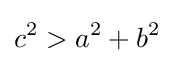
c^{2}>a^{2}+b^{2}